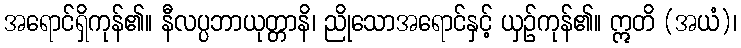
အရောင်ရှိကုန်၏။ နီလပ္ပဘာယုတ္တာနိ၊ ညိုသောအရောင်နှင့် ယှဉ်ကုန်၏။ ဣတိ (အယံ)၊